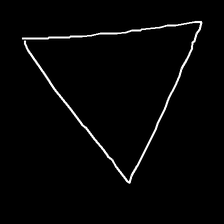
Glyph: convergence